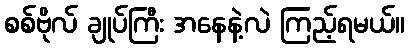
စစ်ဗိုလ် ချုပ်ကြီး အနေနဲ့လဲ ကြည့်ရမယ်။